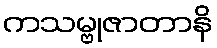
ကသမ္ဗုဇာတာနိ